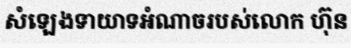
សំឡេងទាយាទអំណាចរបស់លោក ហ៊ុន